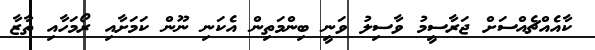
ކާއެއްޗެއްސަށް ޖަރާސީމު ވާސިލު ވަނީ ބިންމަތިން އެކަނި ނޫން ކަމަށާއި ރޯމަހާއި ތާޒާ